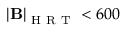
\mathbf { \left| B \right| } _ { \mathrm { ~ H ~ R ~ T ~ } } < 6 0 0